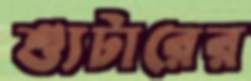
শ্যুটারের